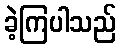
ခဲ့ကြပါသည်